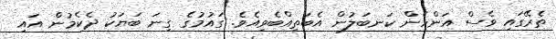
ތެރޭގައި ވެސް އަންހެން ކަނބަލުން އެބަތިއްބެވިއެވެ. ގައުމުގެ ގިނަ ބަޔަކު ދެކެމުން އައި